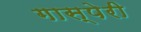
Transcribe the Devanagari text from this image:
गास्पेरी